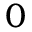
0